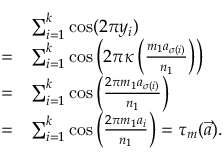
\begin{array} { r l } & { \sum _ { i = 1 } ^ { k } \cos ( 2 \pi y _ { i } ) } \\ { = } & { \sum _ { i = 1 } ^ { k } \cos \left( 2 \pi \kappa \left( \frac { m _ { 1 } a _ { \sigma ( i ) } } { n _ { 1 } } \right) \right) } \\ { = } & { \sum _ { i = 1 } ^ { k } \cos \left( \frac { 2 \pi m _ { 1 } a _ { \sigma ( i ) } } { n _ { 1 } } \right) } \\ { = } & { \sum _ { i = 1 } ^ { k } \cos \left( \frac { 2 \pi m _ { 1 } a _ { i } } { n _ { 1 } } \right) = \tau _ { m } ( \vec { a } ) . } \end{array}